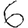
Digit: 6